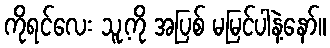
ကိုရင်လေး သူ့ကို အပြစ် မမြင်ပါနဲ့နော်။